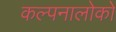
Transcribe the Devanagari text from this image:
कल्पनालोकों